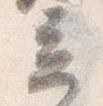
立